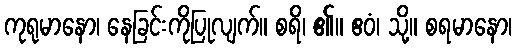
ကုရုမာနော၊ နေခြင်းကိုပြုလျက်။ စရိ၊ ၏။ ဧဝံ၊ သို့။ စရမာနော၊